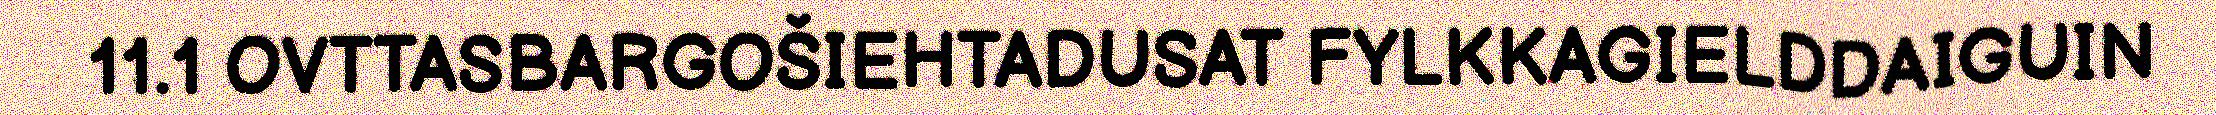
11.1 OVTTASBARGOŠIEHTADUSAT FYLKKAGIELDDAIGUIN